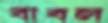
বাবল